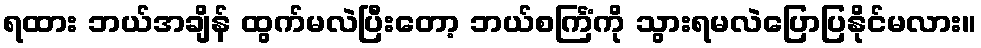
ရထား ဘယ်အချိန် ထွက်မလဲပြီးတော့ ဘယ်စင်္ကြံကို သွားရမလဲပြောပြနိုင်မလား။